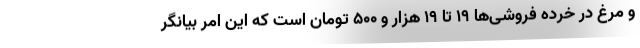
و مرغ در خرده فروشی‌ها ۱۹ تا ۱۹ هزار و ۵۰۰ تومان است که این امر بیانگر